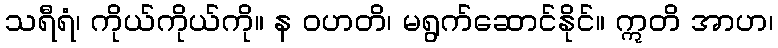
သရီရံ၊ ကိုယ်ကိုယ်ကို။ န ဝဟတိ၊ မရွက်ဆောင်နိုင်။ ဣတိ အာဟ၊